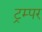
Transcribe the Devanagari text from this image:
ट्रम्पर